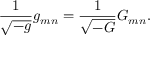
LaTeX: { \frac { 1 } { \sqrt { - g } } } g _ { m n } = { \frac { 1 } { \sqrt { - G } } } G _ { m n } .